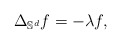
\begin{align*}\Delta_{\mathbb S^d} f =- \lambda f,\end{align*}